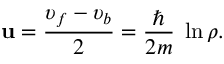
{ \bf u } = \frac { \upsilon _ { f } - \upsilon _ { b } } { 2 } = \frac { \hbar } { 2 m } { \bf \nabla } \ln { \rho } .